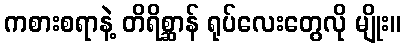
ကစားစရာနဲ့ တိရိစ္ဆာန် ရုပ်လေးတွေလို မျိုး။